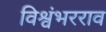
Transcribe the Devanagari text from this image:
विश्वंभरराव